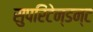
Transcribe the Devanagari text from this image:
सुपरिंटेन्डन्ट